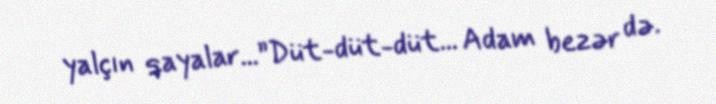
yalçın qayalar...”Düt-düt-düt... Adam bezər də.